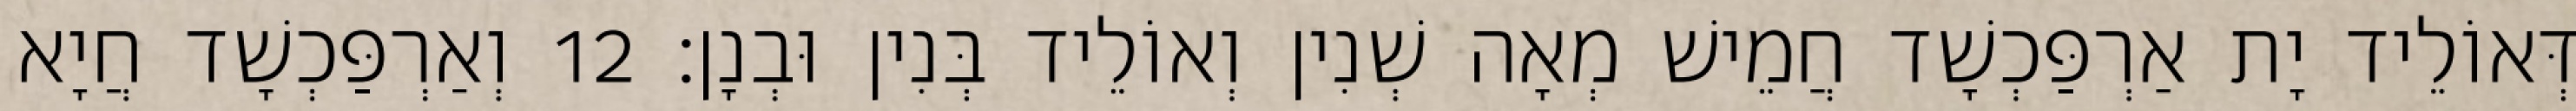
דְּאוֹלֵיד יָת אַרְפַּכְשָׁד חֲמֵישׁ מְאָה שְׁנִין וְאוֹלֵיד בְּנִין וּבְנָן׃ 12 וְאַרְפַּכְשָׁד חֲיָא